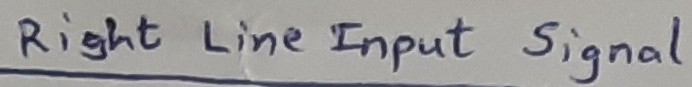
Text: Right line-Input signal